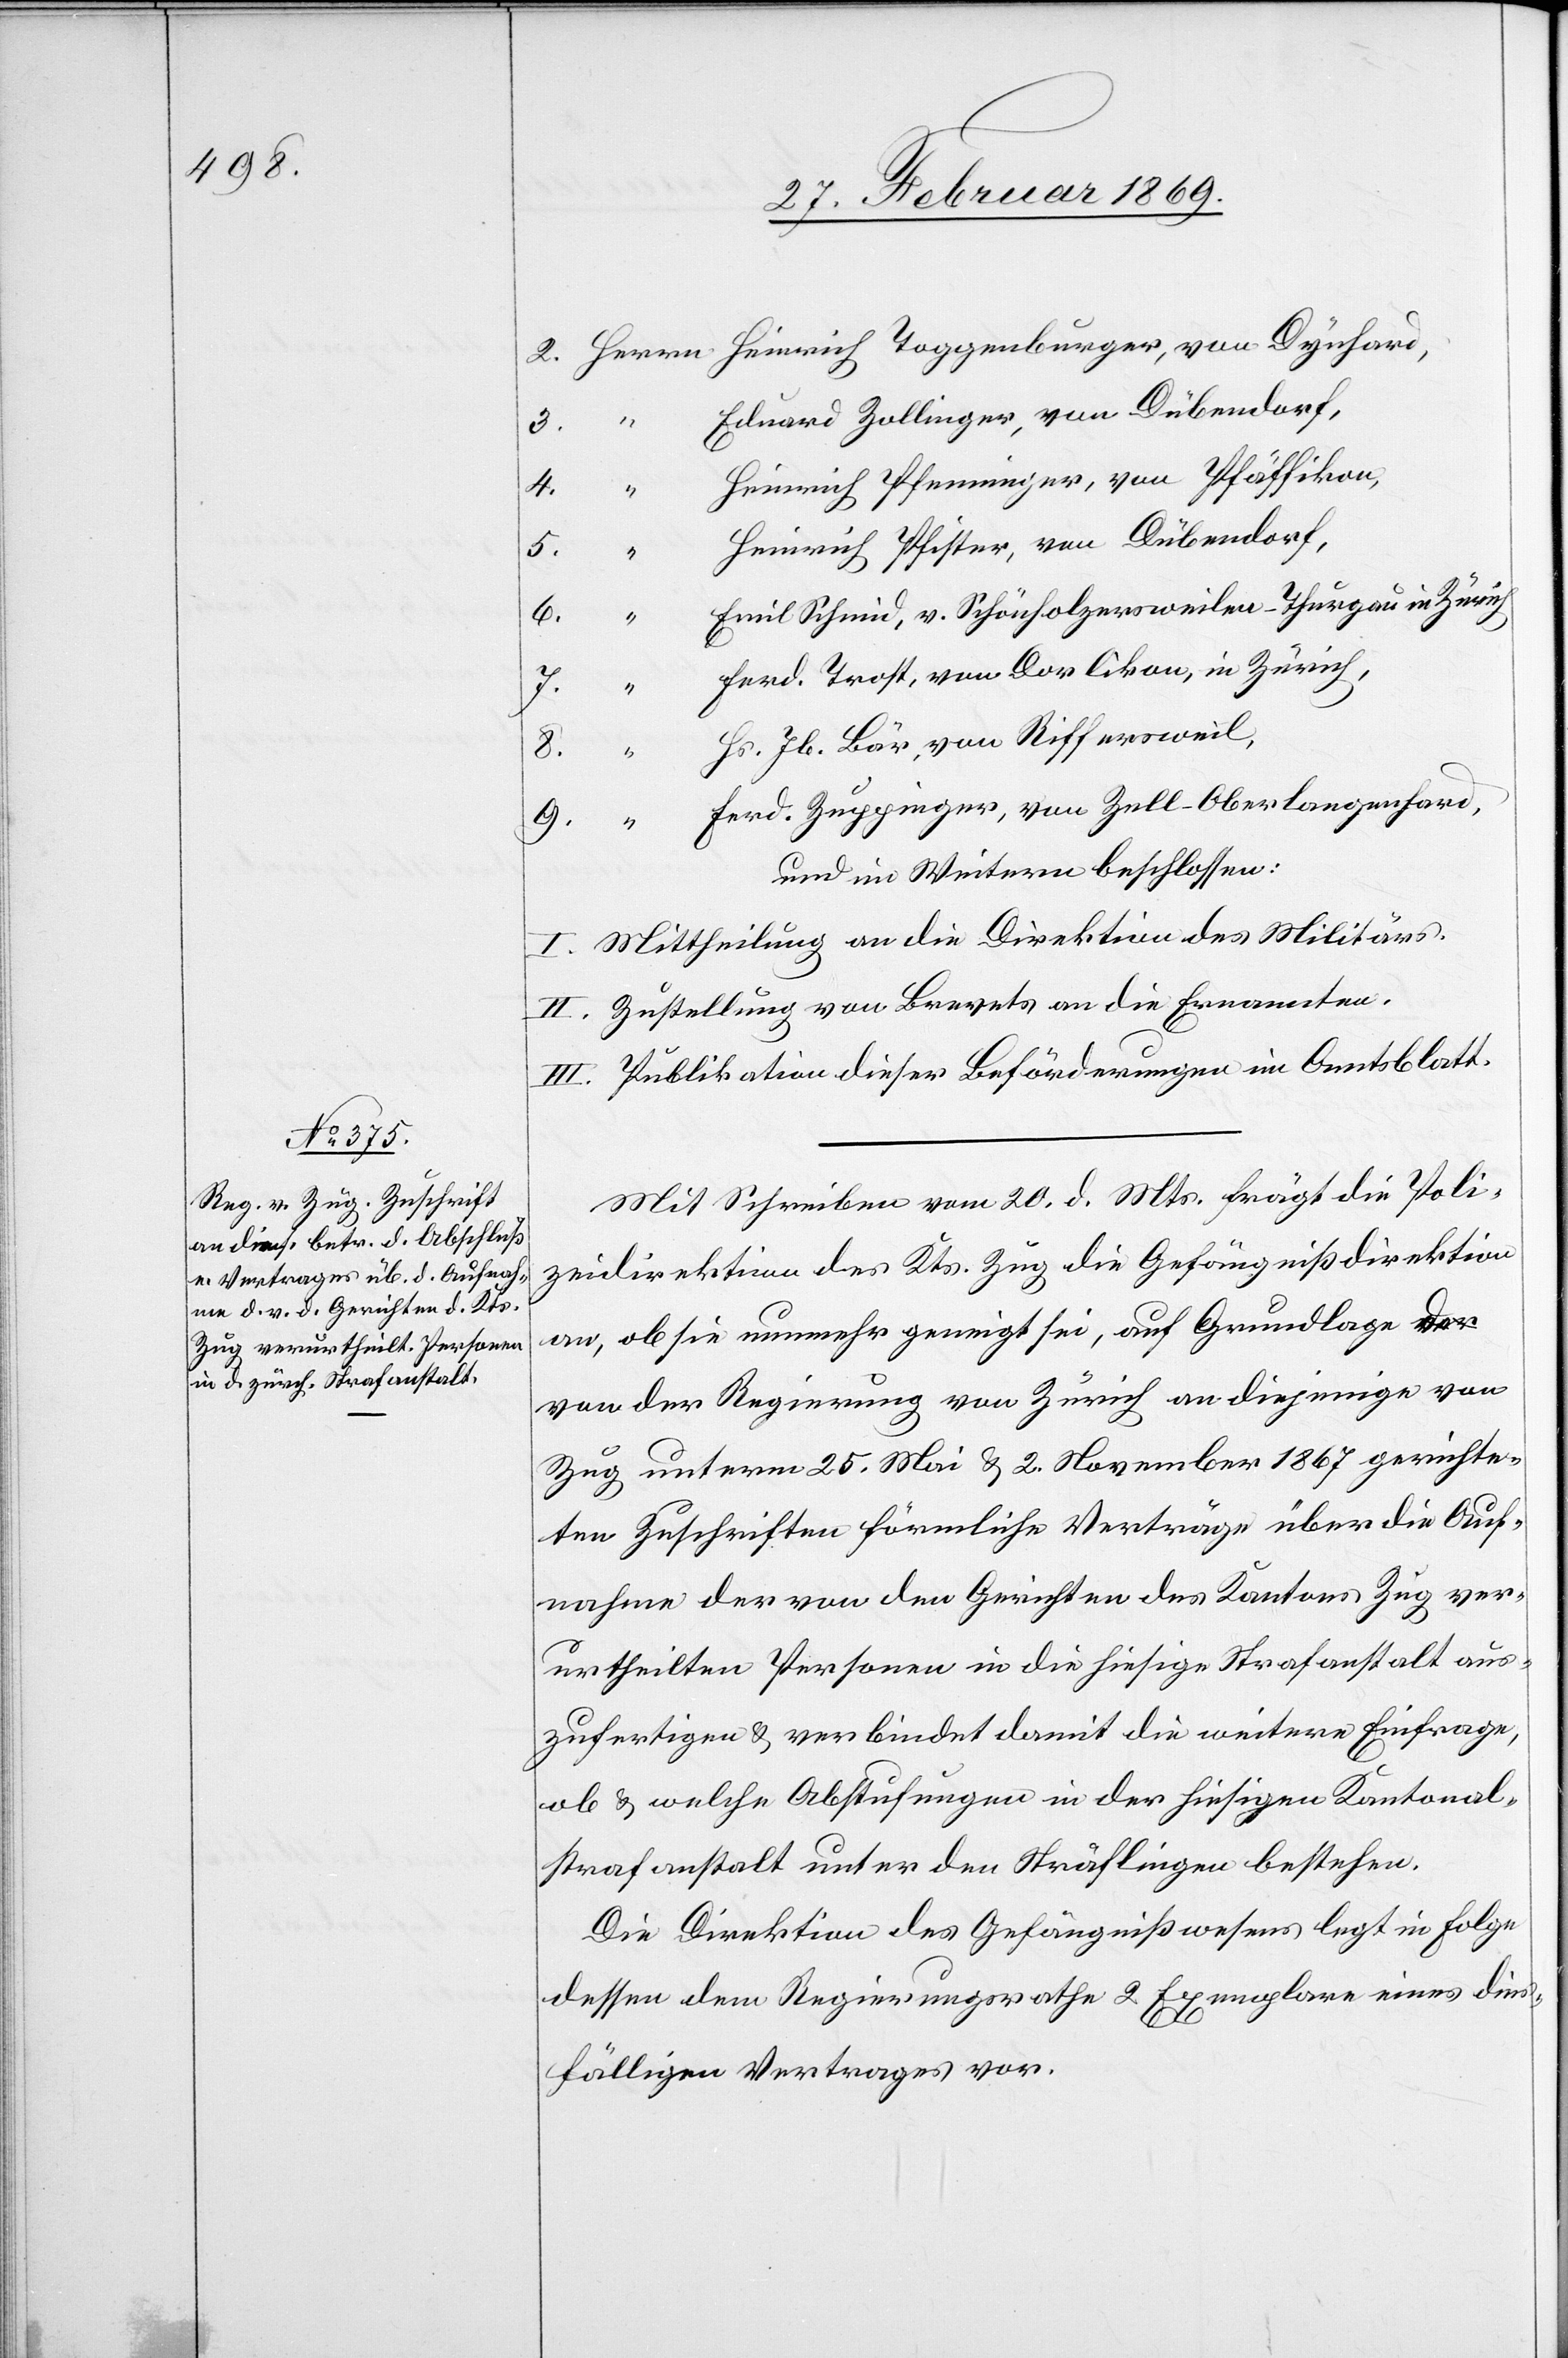
Eduard Zollinger, von Dübendorf,
Heinrich Pfenninger, von Pfäffikon,
Heinrich Pfister ,von Dübendorf,
6.
Emil Schmid, v. Schönholzersweilen – Thurgau in Zürich
Ferd. Trost, von Dorlikon, in Zürich,
8.
Hs. Jb. Bär, von Riffersweil,
Ferd. Zuppinger, von Zell-Oberlangenhard,
und im Weitern beschlossen:
Mittheilung an die Direktion des Militärs.
Zustellung von Brevets an die Ernannten.
Publikation dieser Beförderungen im Amtsblatt.
Mit Schreiben vom 20. d. Mts. frägt die Poli¬
zeidirektion des Kts. Zug die Gefängnißdirektion
an, ob sie nunmehr geneigt sei, auf Grundlage der
von der Regierung von Zürich an diejenige von
Zug unterm 25. Mai & 2. November 1867 gerichte¬
ten Zuschriften förmliche Verträge über die Auf¬
nahme der von den Gerichten des Kantons Zug ver¬
urtheilten Personen in die hiesige Strafanstalt aus¬
zufertigen & verbindet damit die weitere Einfrage,
ob & welche Abstufungen in der hiesigen Kantonal¬
strafanstalt unter den Sträflingen bestehen.
Die Direktion des Gefängnißwesens legt in Folge
dessen dem Regierungsrathe 2 Exemplare eines dies¬
fälligen Vertrages vor.